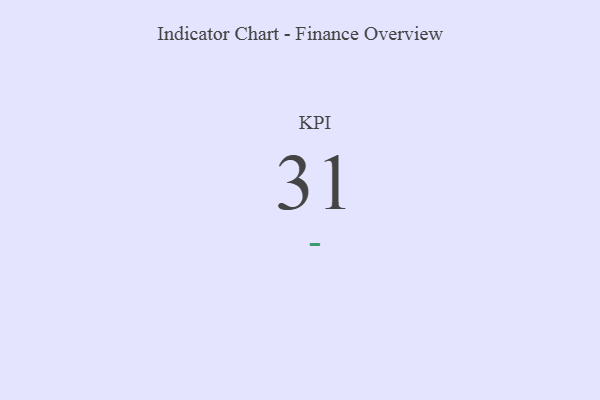
{"axis": {"x": "KPI", "y": "Value"}, "legend": [""], "data": [{"x": "KPI", "y": 31, "type": ""}]}